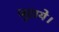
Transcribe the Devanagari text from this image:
जुटाये।